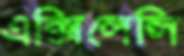
এক্সিলেন্সি